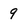
Character: 9